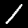
Digit: 1